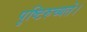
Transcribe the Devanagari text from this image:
पुष्टिरुच्यते।